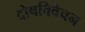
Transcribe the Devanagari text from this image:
दोषविवेचन